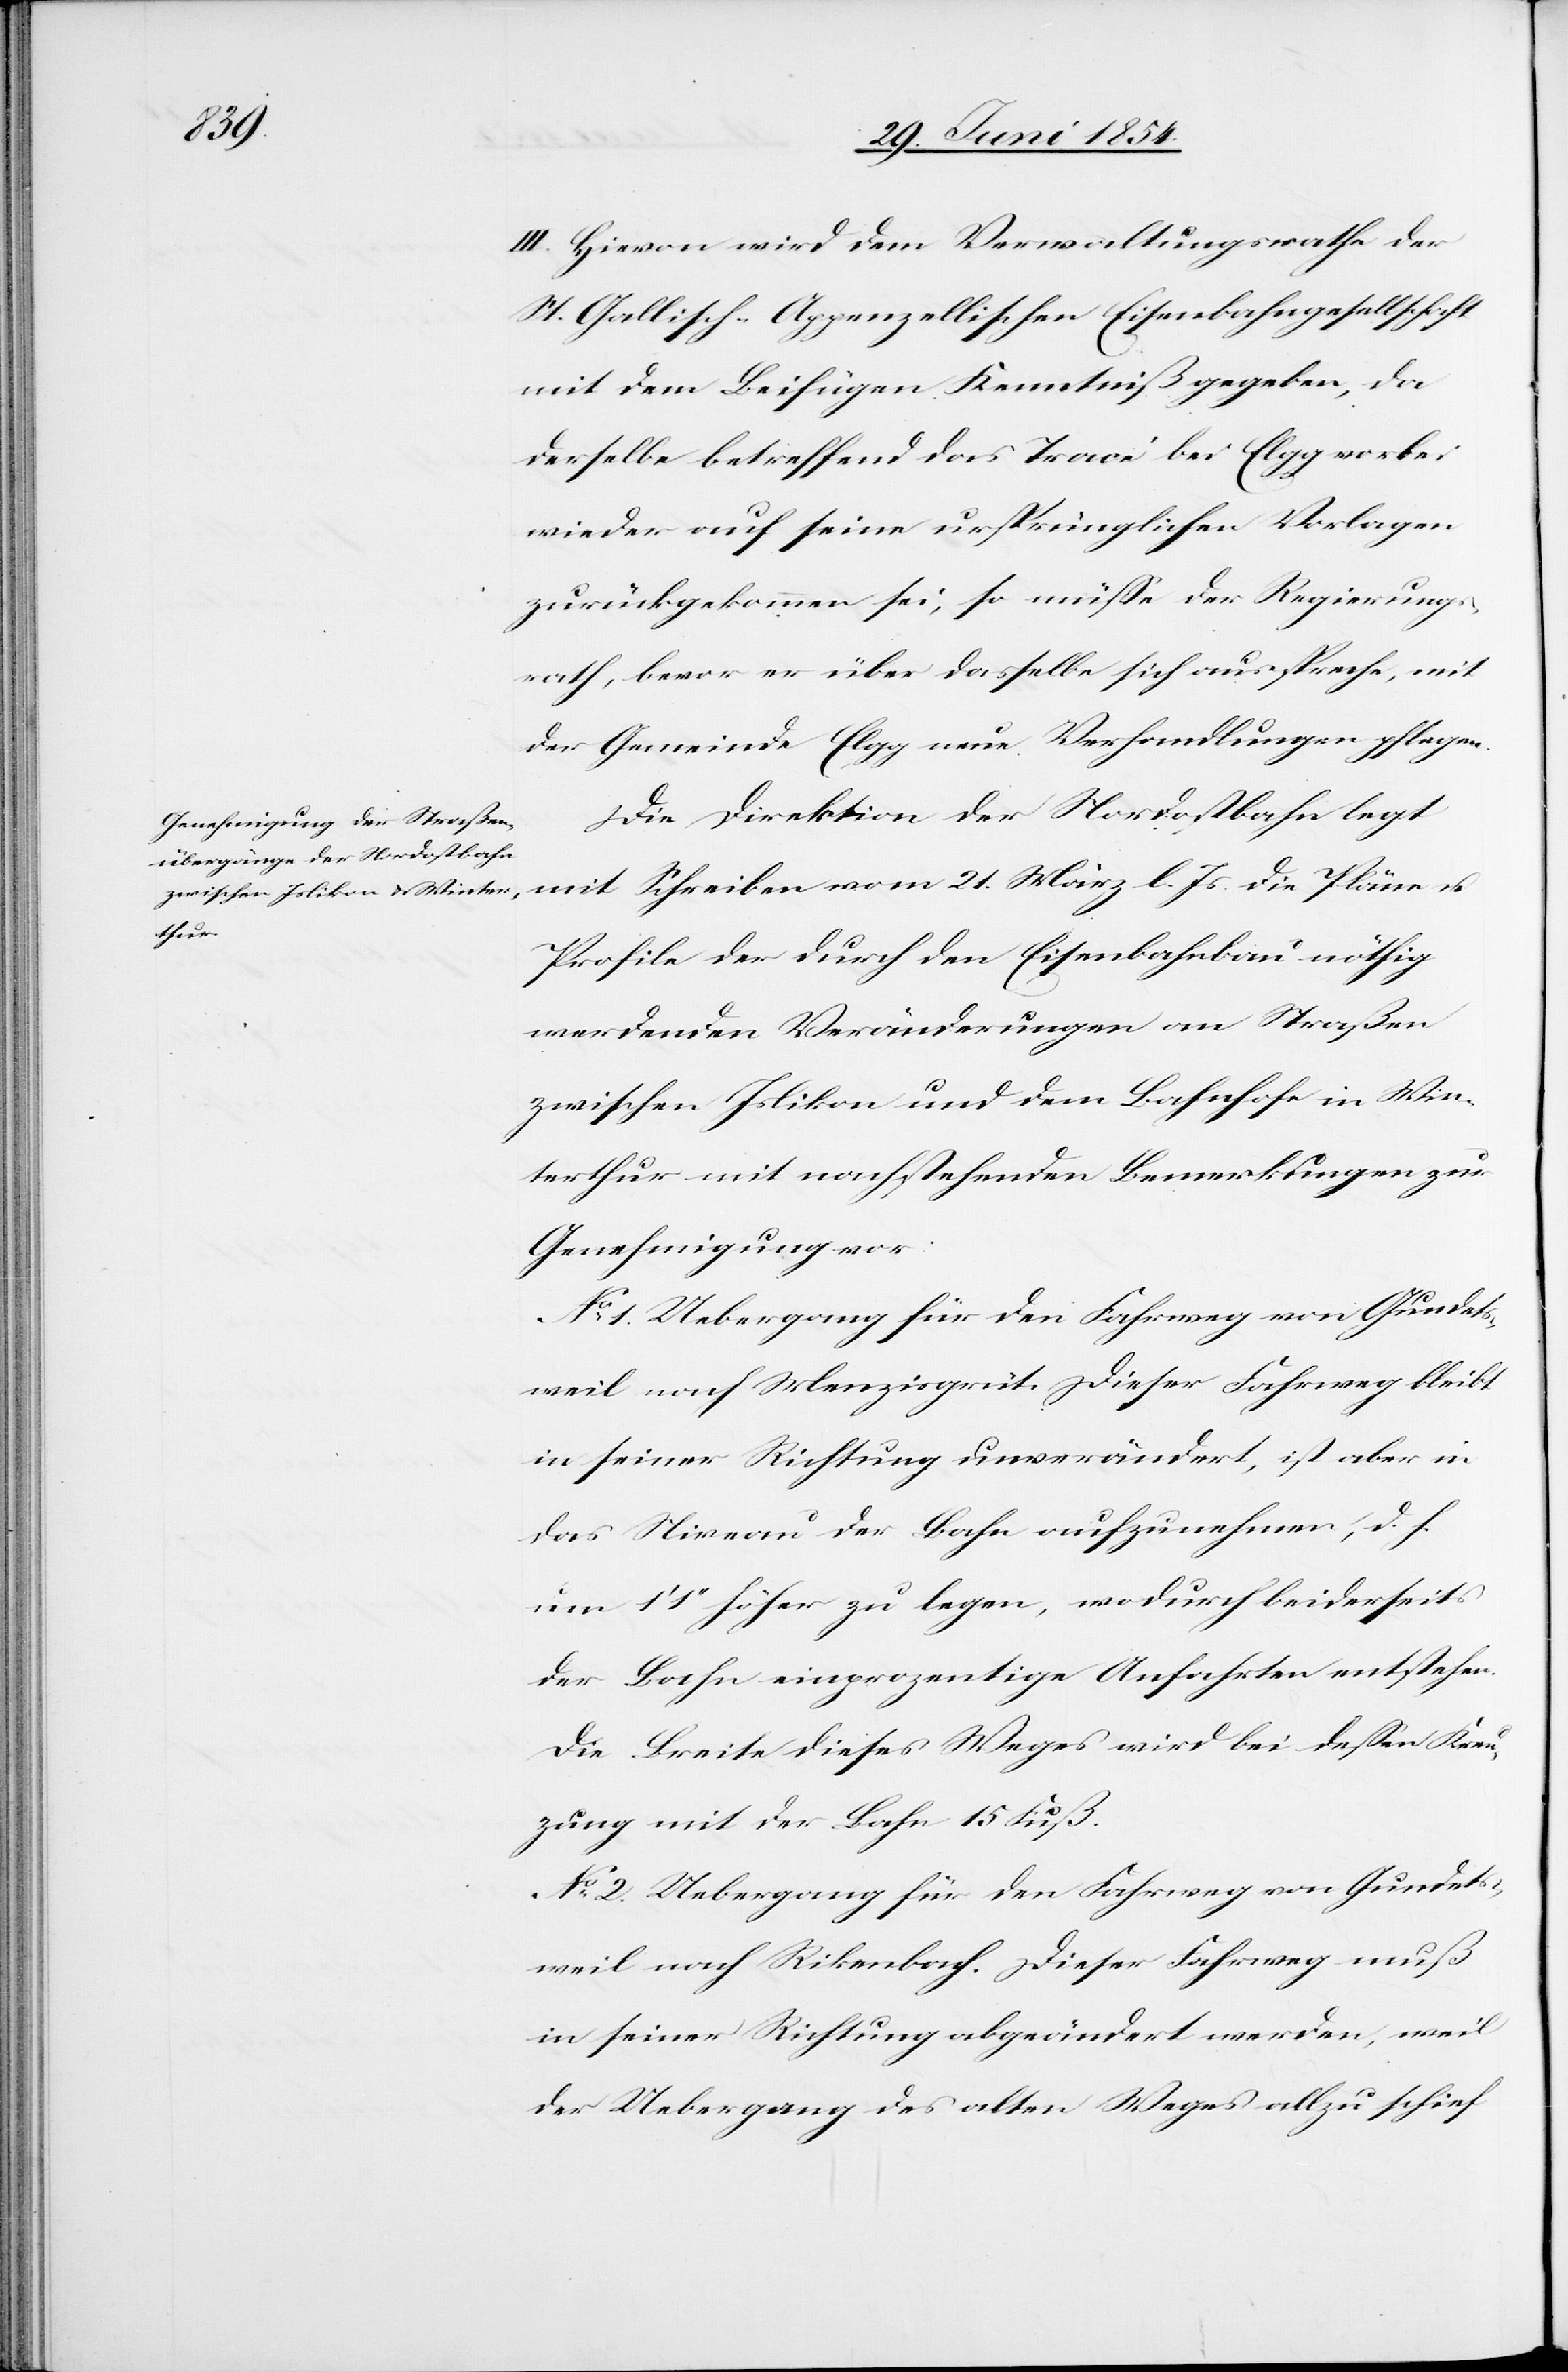
III. Hievon wird dem Verwaltungsrathe der
St. Gallisch-Appenzellischen Eisenbahngesellschaft
mit dem Beifügen Kenntniß gegeben, da
derselbe betreffend das Tracé bei Elgg vorbei
wieder auf seine ursprünglichen Vorlagen
zurückgekommen sei, so müße der Regierungs¬
rath, bevor er über dasselbe sich ausspreche, mit
der Gemeinde Elgg neue Verhandlungen pflegen.
Die Direktion der Nordostbahn legt
mit Schreiben vom 21. März l. Js. die Pläne u.
Profile der durch den Eisenbahnbau nöthig
werdenden Veränderungen an Straßen
zwischen Islikon und dem Bahnhofe in Win¬
terthur mit nachstehenden Bemerkungen zur
Genehmigung vor:
No 1. Uebergang für den Fahrweg von Gundets¬
weil nach Menzisgrüt. Dieser Fahrweg bleibt
in seiner Richtung unverändert, ist aber in
das Niveau der Bahn aufzunehmen, d. H.
um 1‘ 2‘‘ höher zu legen, wodurch beiderseits
der Bahn einprozentige Anfahrten entstehen.
Die Breite dieses Weges wird bei deßen Kreu¬
zung mit der Bahn 15 Fuß.
No 2. Uebergang für den Fahrweg von Gundets¬
weil nach Ri[c]kenbach. Dieser Fahrweg muß
in seiner Richtung abgeändert werden, weil
der Uebergang des alten Weges allzu schief